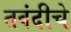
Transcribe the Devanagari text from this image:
तवंदीचे